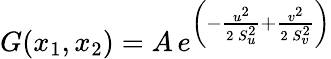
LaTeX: G(x_{1},x_{2})=A\, e^{\left(-\frac{u^{2}}{2\, S_{u}^{2}}+\frac{v^{2}}{2\, S_{v}^{2}}\right)}